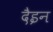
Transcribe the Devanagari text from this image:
दैइन